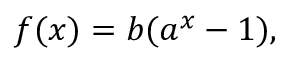
\begin{array} { r } { f ( x ) = b ( a ^ { x } - 1 ) , } \end{array}